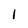
Character: l